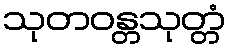
သုတဝန္တသုတ္တံ